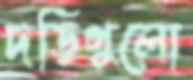
দড়িগুলো